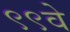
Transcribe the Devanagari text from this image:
९९वे